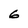
Character: 6